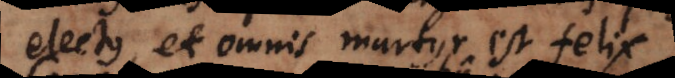
electus, et omnis martyr est felix.